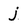
Character: j